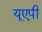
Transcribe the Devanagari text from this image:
यूएपी